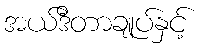
အယ်ဒီတာချုပ်နှင့်